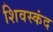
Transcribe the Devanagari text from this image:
शिवस्कंद